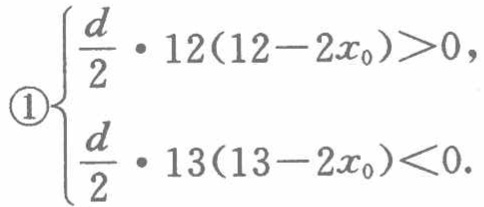
\(\begin{cases}

\frac{d}{2} \cdot 12(12 - 2x_0)>0, \\

\frac{d}{2} \cdot 13(13 - 2x_0)<0.

\end{cases}\)